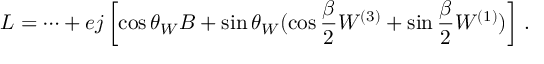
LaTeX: { \cal L } = \cdots + e j \left[ \cos \theta _ { W } B + \sin \theta _ { W } ( \cos \frac { \beta } { 2 } W ^ { ( 3 ) } + \sin \frac { \beta } { 2 } W ^ { ( 1 ) } ) \right] \, .